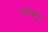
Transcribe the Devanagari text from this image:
तशव्वुह